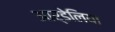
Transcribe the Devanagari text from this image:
आर्डेलिया